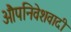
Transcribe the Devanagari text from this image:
औपनिवेशवादी